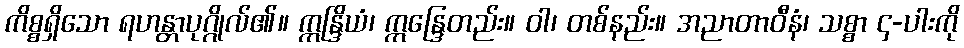
ကိစ္စရှိသော ရဟန္တာပုဂ္ဂိုလ်၏။ ဣန္ဒြိယံ၊ ဣန္ဒြေတည်း။ ဝါ၊ တစ်နည်း။ အညာတာဝီနံ၊ သစ္စာ ၄-ပါးကို